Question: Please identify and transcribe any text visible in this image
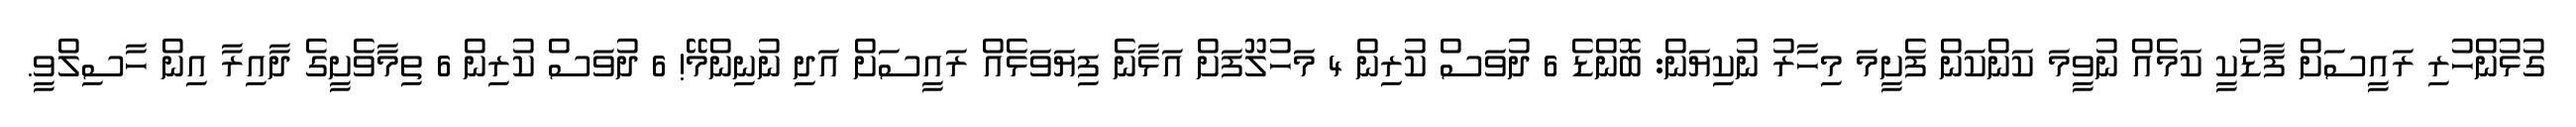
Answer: ގުޅުންހުރި ރައީސަށް ފާޑުކީ ކަމެއް ނުވީމަ ކަންކަން ފެށީމަ މިހާރު ނުކިޔަން: ބޮންޑެ 6 ދުވަސް ކުރިން 4 މަހުލޫފަށް އަޅާނެ ފިޔަވަޅެއް ރައީސަށް އަދި ނުނިންމޭ! 6 ދުވަސް ކުރިން 6 ތިމާވެށީގެ ދާއިރާ އިން ހާސިލްވީ.